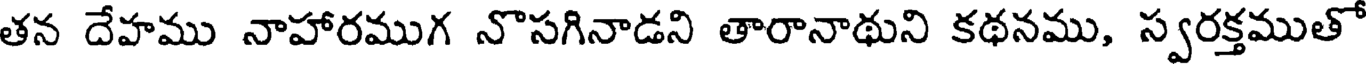
తన దేహము నాహారముగ నొసగినాడని తారానాథుని కథనము, స్వరక్తముతో